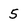
Character: 5